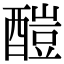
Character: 𨢉